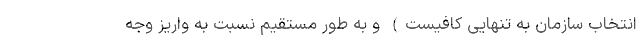
انتخاب سازمان به تنهایی کافیست) و به ‌طور مستقیم نسبت به واریز وجه